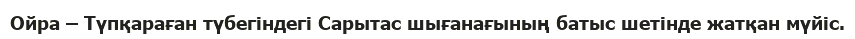
Ойра – Түпқараған түбегіндегі Сарытас шығанағының батыс шетінде жатқан мүйіс.